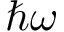
\hbar \omega